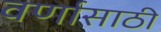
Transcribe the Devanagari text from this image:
वर्णासाठी